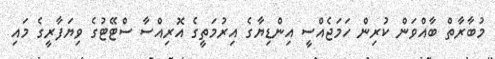
މުބާރާތް ބާއްވަން ކުރިން ހަމަޖެއްސީ އިންޑިޔާގެ އިރުމަތީގެ އޮރިއްސާ ސްޓޭޓުގެ ވިޔަފާރީގެ މައި